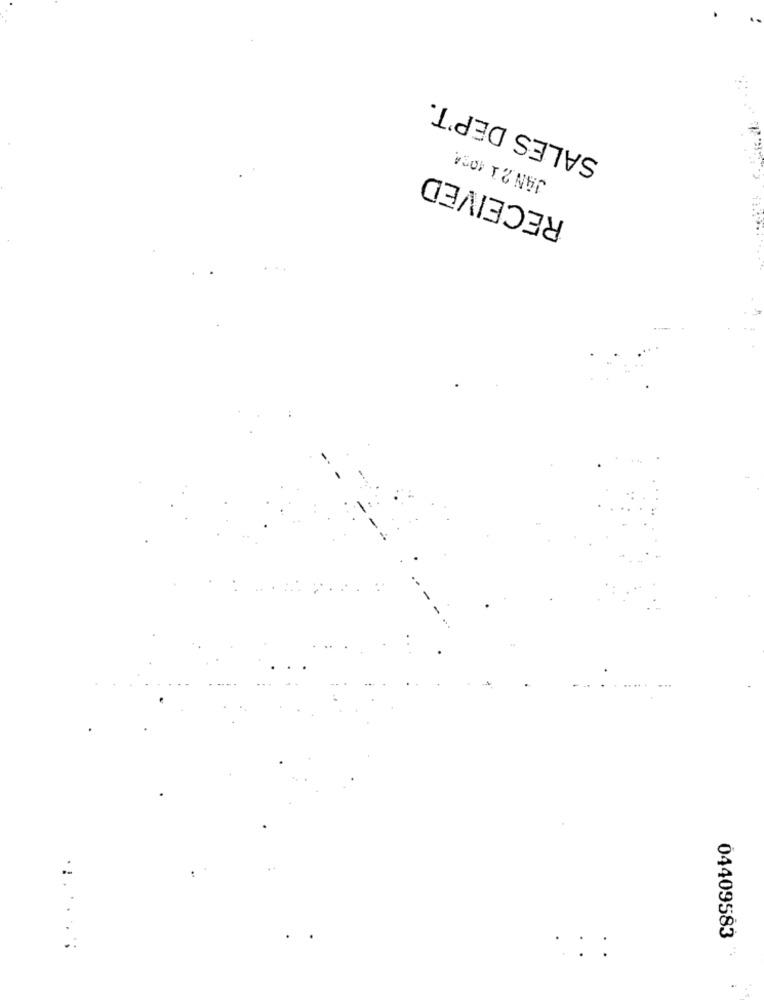
SALES DEP'T.
JAN 21 1024
RECEIVED
04409583